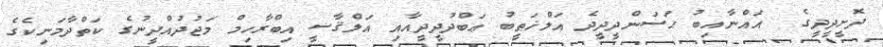
ދޮށީދީދީގެ  އައްނާއިބު ޙަސަންދީދީދެ އަލްޚަޠީބު ޢަބްދުދީދީއާއި އަލްޤާޟީ އިބްރާހިމް މަޖުދުއްދީނުގެ ކަތްދާމަނިކެގެ